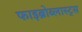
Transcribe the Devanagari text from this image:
फाइब्रोब्लास्ट्स